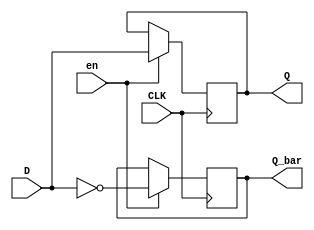
module d_flip_flop (
    input CLK,
    input D,
    input en,
    output Q,
    output Q_bar
);

reg Q, Q_bar;

always @(posedge CLK) begin
    if (en) begin
        Q <= D;
        Q_bar <= ~D;
    end
end

endmodule